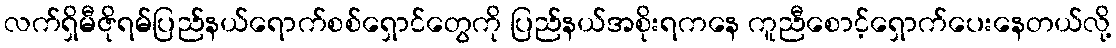
လက်ရှိမီဇိုရမ်ပြည်နယ်ရောက်စစ်ရှောင်တွေကို ပြည်နယ်အစိုးရကနေ ကူညီစောင့်ရှောက်ပေးနေတယ်လို့